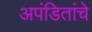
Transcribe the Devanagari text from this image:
अपंडितांचे